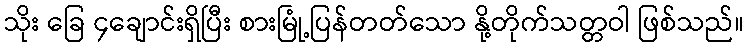
သိုး ခြေ ၄ချောင်းရှိပြီး စားမြုံ့ပြန်တတ်သော နို့တိုက်သတ္တဝါ ဖြစ်သည်။